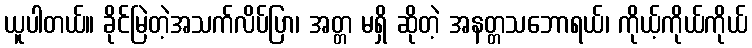
ယူပါတယ်။ ခိုင်မြဲတဲ့အသက်လိပ်ပြာ၊ အတ္တ မရှိ ဆိုတဲ့ အနတ္တသဘောရယ်၊ ကိုယ့်ကိုယ်ကိုယ်